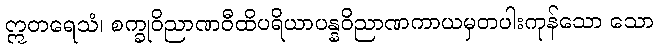
ဣတရေသံ၊ စက္ခုဝိညာဏဝီထိပရိယာပန္နဝိညာဏကာယမှတပါးကုန်သော သော